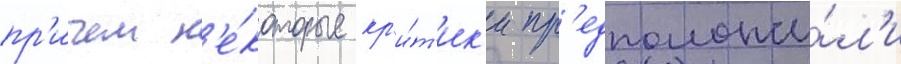
пр'ичем н'е́которые кр'и́т'ик'и пр'едположи́л'и